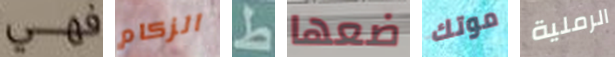
فهي الزكام ط ضعها موتك الرملية